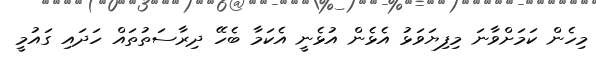
މިހެން ކަމަށްވާނަ މިފިޔަވަޅު އެޅެން އުޅެނީ އެކަމާ ބެހޭ ދިރާސަތުތައް ހަދައި ގައުމީ